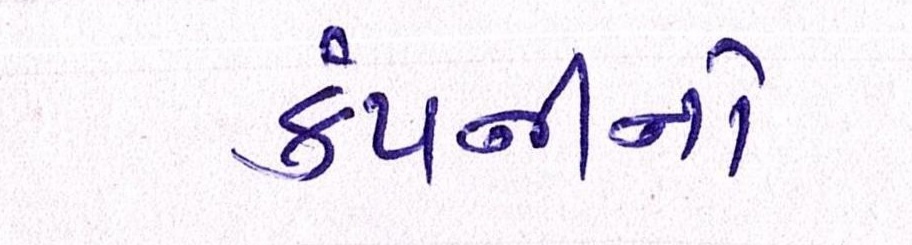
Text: કંપનીનો